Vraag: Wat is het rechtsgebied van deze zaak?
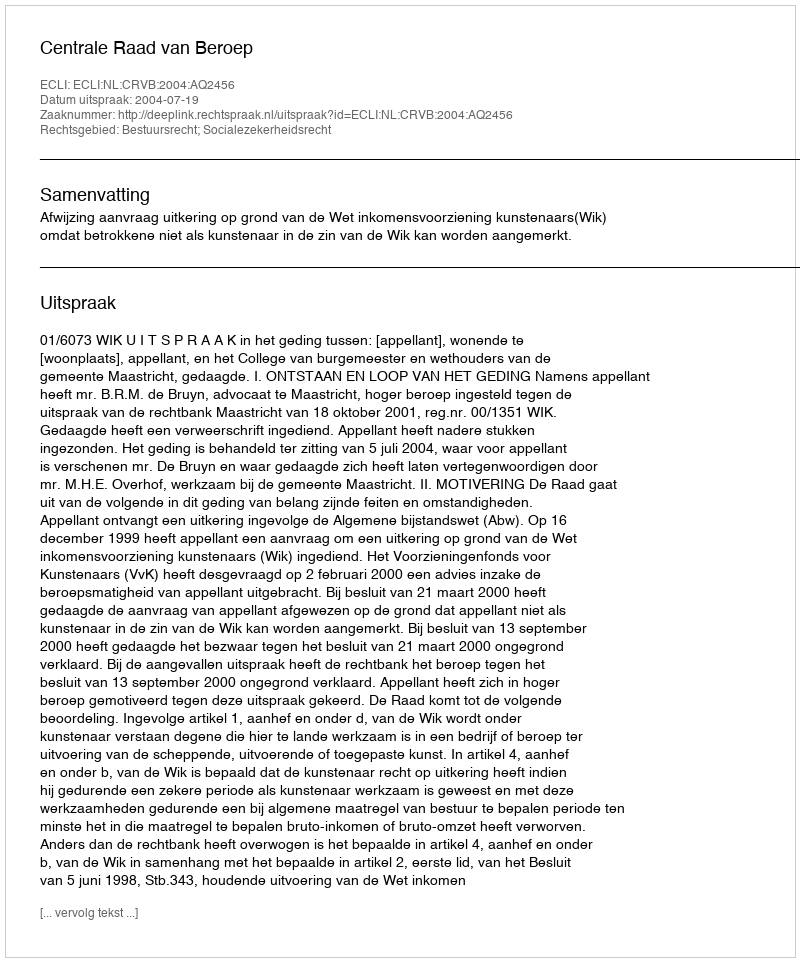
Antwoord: Bestuursrecht; Socialezekerheidsrecht